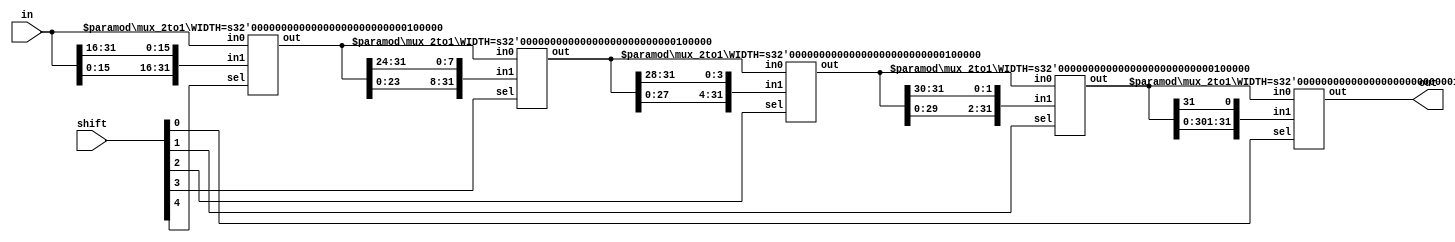
// Rotating Barrel Shifter
// from
// http://stackoverflow.com/questions/20357390/how-can-i-make-my-verilog-shifter-more-general

module shifter #( parameter CTRL=5, parameter WIDTH=2**CTRL )
    ( input wire [WIDTH-1:0] in,
      input wire [ CTRL-1:0] shift,
      output wire [WIDTH-1:0] out 
    );


    wire [WIDTH-1:0] tmp [CTRL:0];
    
    assign tmp[CTRL] = in;
    assign out = tmp[0];
    
    genvar i;
    generate
        for (i = 0; i < CTRL; i = i + 1) begin : shift_gen
        mux_2to1 #(.WIDTH(WIDTH)) g(
                .in0(tmp[i+1]),
                .in1({tmp[i+1][WIDTH-(2**i)-1:0],tmp[i+1][WIDTH-1:WIDTH-(2**i)]}),
                .sel(shift[i]),
                .out(tmp[i]) );
        end 
    endgenerate
endmodule

module mux_2to1 #( parameter WIDTH=32 )
    ( input wire [WIDTH-1:0] in0, in1,
      input wire             sel,
      output wire [WIDTH-1:0] out );
    assign out = sel ? in1 : in0;
endmodule